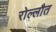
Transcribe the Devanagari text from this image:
रोल्लौत